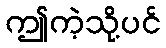
ဤကဲ့သို့ပင်